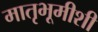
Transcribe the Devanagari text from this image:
मातृभूमीशी